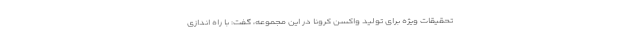
تحقیقات ویژه برای تولید واکسن کرونا در این مجموعه، گفت: با راه اندازی